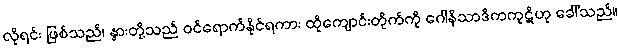
လိုရင်း ဖြစ်သည်၊ နွားတို့သည် ဝင်ရောက်နိုင်ရကား ထိုကျောင်းတိုက်ကို ဂေါနိသာဒိကကုဋိဟု ခေါ်သည်။